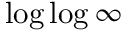
\log \log \infty